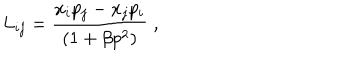
L _ { i j } = \frac { x _ { i } p _ { j } - x _ { j } p _ { i } } { ( 1 + \beta p ^ { 2 } ) } \; ,